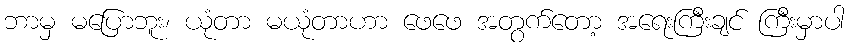
ဘာမှ မပြောဘူး၊ ယုံတာ မယုံတာဟာ ဖေဖေ အတွက်တော့ အရေးကြီးချင် ကြီးမှာပါ